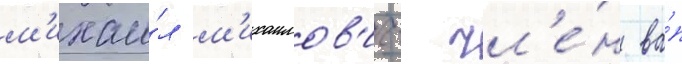
м'ихаи́л м'ихаилов'ич- чл'е́н ва́п